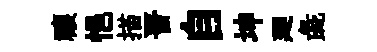
禳悒描晋自坤廽彘